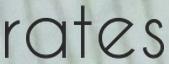
rates